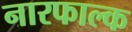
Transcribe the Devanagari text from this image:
नारफाल्क